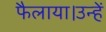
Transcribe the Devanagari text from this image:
फैलाया।उन्हें